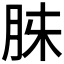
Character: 𮌓